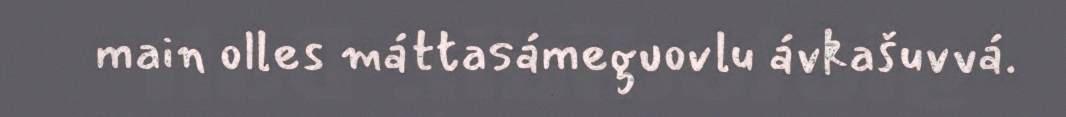
main olles máttasámeguovlu ávkašuvvá.